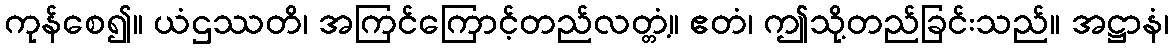
ကုန်စေ၍။ ယံဌဿတိ၊ အကြင်ကြောင့်တည်လတ္တံ့။ ဧတံ၊ ဤသို့တည်ခြင်းသည်။ အဋ္ဌာနံ၊